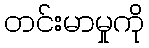
တင်းမာမှုကို